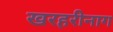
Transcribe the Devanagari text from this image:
खरहरीनाग